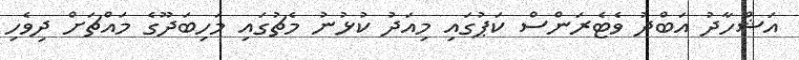
އަޝްހާދު އަބްދު ވެޓެރަންސް ކަޕުގައި މިއަދު ކުޅުނު މެޗުގައި މަހިބަދޫގެ މައްޗަށް ދިވެހި